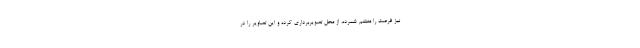
نیز فرصت را مغتنم شمرده، از محل تصویربرداری کرده و این تصاویر را در